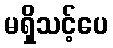
မရှိသင့်ပေ